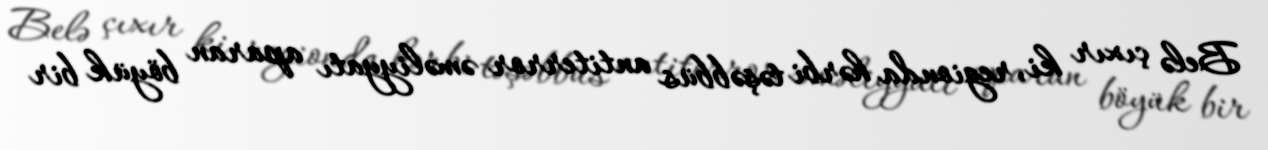
Belə çıxır ki, regionda hərbi təşəbbüs antiterror əməliyyatı aparan böyük bir